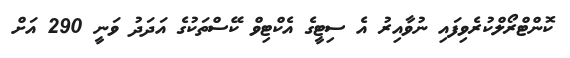
ކޮންޓްރޯލްކުރެވިފައި ނުވާއިރު އެ ސިޓީގެ އެކްޓިވް ކޭސްތަކުގެ އަދަދު ވަނީ 290 އަށް